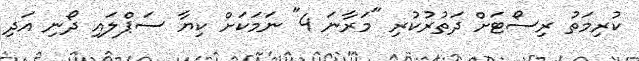
ކުރިމަތު ރިސޯޓަށް ދަތުރުކުރި "މަރާނަ 4" ނަމަކަށް ކިޔާ ސަޕްލައި ދޯނި އަދި